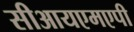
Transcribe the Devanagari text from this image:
सीआयएमएपी